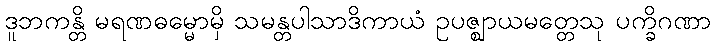
ဒူဘကန္တိ မရဏဓမ္မောမှိ သမန္တပါသာဒိကာယံ ဥပဇ္ဈာယမတ္တေသု ပက္ခိဂဏာ